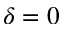
\delta = 0